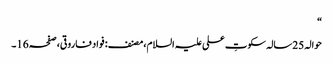
“
حوالہ 25سالہ سکوتِ علی علیہ السلام،مصنف: فواد فاروقی،صفحہ16۔